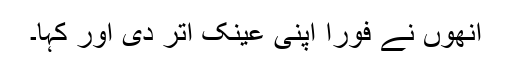
انھوں نے فورًا اپنی عینک اتر دی اور کہا۔